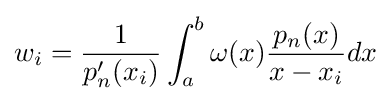
w_{i}={\frac {1}{p'_{n}(x_{i})}}\int _{a}^{b}\omega (x){\frac {p_{n}(x)}{x-x_{i}}}dx